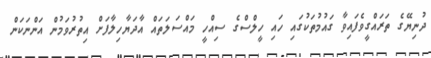
ދުނިޔޭގެ ތަރައްގީވެފައިވާ ގައުމުތަކުގައި ހައި ހީލްސްގެ ސިއްހީ މައްސަލަތައް އާދަޔާހިލާފަށް އިތުރުވަމުން އަންނަކަން